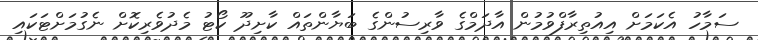
ސަމާހު އެކަމަށް އިއުތިރާފްވުމުން އާދަމްގެ ވާރިސުންގެ ބަޔާންތައް ކާށިދޫ ކޯޓު މެދުވެރިކޮށް ނެގުމަށްޓަކައި